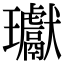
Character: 瓛